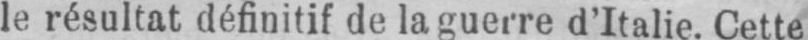
le résultat définitif de la guerre d’Italie. Cette